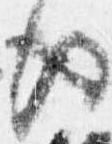
後